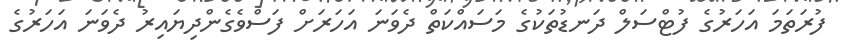
ފުރަތަމަ އަހަރުގެ ފުޓްސަލް ދަނޑުތަކުގެ މަސައްކަތް ދެވަނަ އަހަރަށް ފަސްވެގެންދިޔައިރު ދެވަނަ އަހަރުގެ